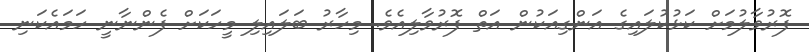
ފޮރުވާލުމަށް ކަޅުކުލައިގެ އަންގިއަކުން އަތް ފޮރުވާލިއެވެ. މިހާރު ބަލައިލި މީހަކަށް ފެންނާނީ ހަމައެކަނި